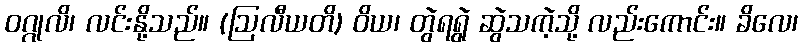
ဝဂ္ဂုလိ၊ လင်းနို့သည်။ (ဩလီယတိ) ဝိယ၊ တွဲရရွဲ ဆွဲသကဲ့သို့ လည်းကောင်း။ ခိလေ၊